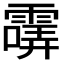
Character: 𩄺